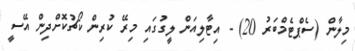
މިލާން (ސެޕްޓެމްބަރު 20) - އިޓާލިއަން ލީގުގައި މިރޭ ކުރިން ކޯޗުކޮށްދިން އޭސީ